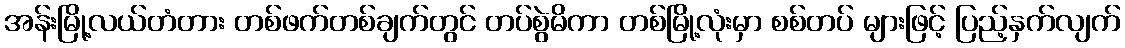
အန်းမြို့လယ်တံတား တစ်ဖက်တစ်ချက်တွင် တပ်စွဲမိကာ တစ်မြို့လုံးမှာ စစ်တပ် များဖြင့် ပြည့်နှက်လျက်